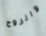
والروح